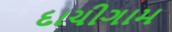
દાચીગામ